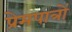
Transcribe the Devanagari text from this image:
प्रेमपात्रों